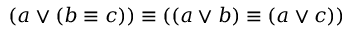
( a \lor ( b \equiv c ) ) \equiv ( ( a \lor b ) \equiv ( a \lor c ) )